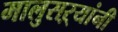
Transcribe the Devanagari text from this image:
मालुसऱ्यांनी